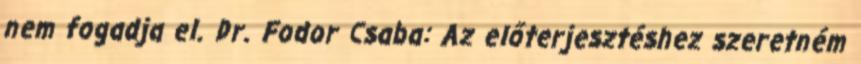
nem fogadja el. Dr. Fodor Csaba: Az előterjesztéshez szeretném